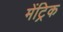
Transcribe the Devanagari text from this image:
मेंट्रिक